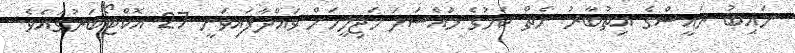
ނައިބު ރައީސްގެ އިތުބާރު ނެތް ކަމުގެ މައްސަލަ މަޖިލީހަށް ވައްދާފައިވަނީ 27 އޮކްޓޯބަރުގައެވެ.